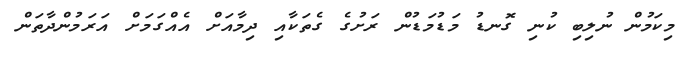
މިކަމުން ނުލިބި ކުނި ގޮނޑު މަޑުމަޑުން ރަށުގެ ގެތަކާއި ދިމާއަށް އެއްގަމަށް އަރަމުންދާތަން